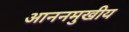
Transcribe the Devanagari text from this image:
आननमुखीय